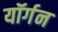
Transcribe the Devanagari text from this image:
यॉर्गन